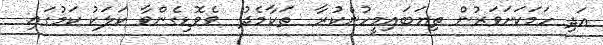
އަދި ހަމަކަށަވަރުން ތިޔަބައިމީހުންކުރާ  ތަކާމެދު  ވެވޮޑިގެންވާ ކަލަކު ކަމުގައި